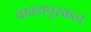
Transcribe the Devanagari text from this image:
वाक्यपूरकत्व